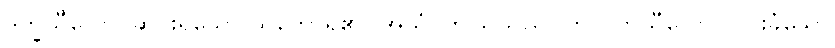
ဒုက္ခသီလော၊ ဆင်းရဲသော သဘောရှိ၏။ အယံ၊ ဤသူသည်။ ကလဟသီလော၊ ငြင်းခုံသော